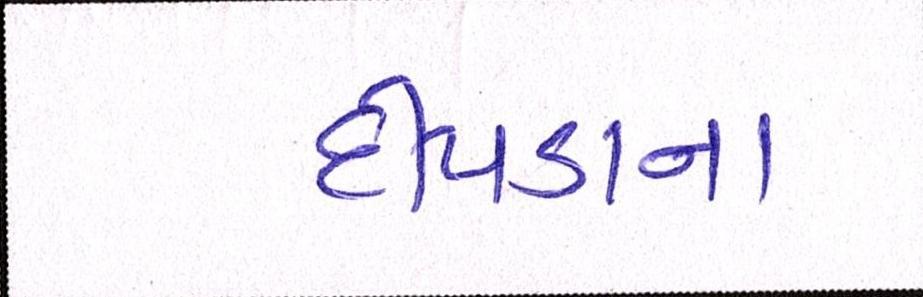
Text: દીપડાના